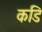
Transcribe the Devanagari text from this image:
कडि